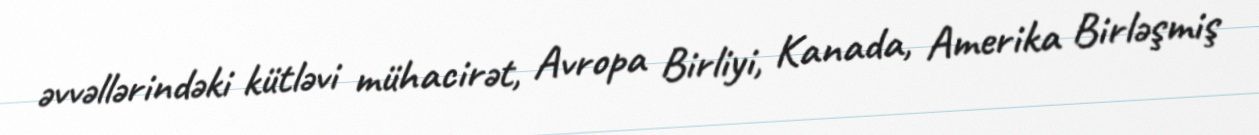
əvvəllərindəki kütləvi mühacirət, Avropa Birliyi, Kanada, Amerika Birləşmiş